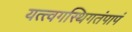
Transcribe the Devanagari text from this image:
यत्त्वगस्थिगतंपापं